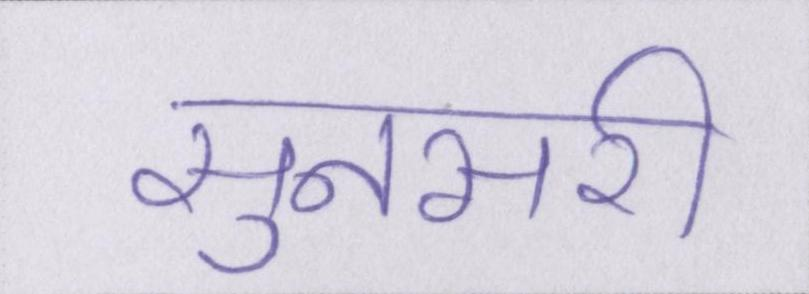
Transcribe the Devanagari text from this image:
सुनसरी